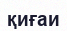
қиғаи